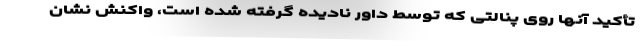
تأکید آنها روی پنالتی که توسط داور نادیده گرفته شده است، واکنش نشان